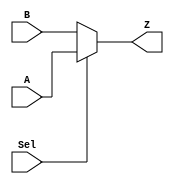
//////////////////////////////////////////////////////////////////////////////////
// Design: 2:1 MUX
//////////////////////////////////////////////////////////////////////////////////
`timescale 1ns / 1ps

module mux(
    input  wire A,
    input  wire B,
    input  wire Sel,
    output wire  Z
    );

    assign Z = (Sel) ? A : B ;

endmodule